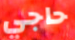
حاجي